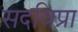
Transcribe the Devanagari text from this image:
सदविप्रा